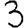
Digit: 3